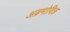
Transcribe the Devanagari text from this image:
अब्रमोविछ